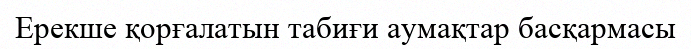
Ерекше қорғалатын табиғи аумақтар басқармасы